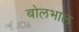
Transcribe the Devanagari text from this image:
बोलभाल